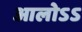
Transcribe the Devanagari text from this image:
आलोऽऽ